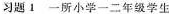
习题1 一所小学一二年级学生